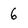
Character: 6